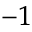
^ { - 1 }